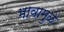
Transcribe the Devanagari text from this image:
भावामुळे